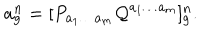
LaTeX: a _ { g } ^ { n } = [ P _ { a _ { 1 } \ldots a _ { m } } { \cal Q } ^ { a _ { 1 } \ldots a _ { m } } ] _ { g } ^ { n } .